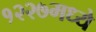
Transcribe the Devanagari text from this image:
१२२७मध्ये